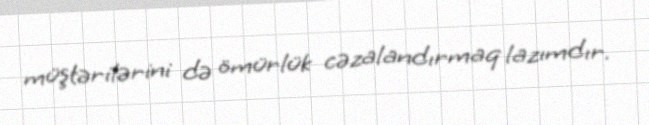
müştərilərini də ömürlük cəzalandırmaq lazımdır.